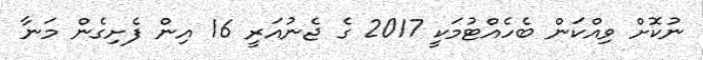
ނުކޮށް ވިއްކަން ބެހެއްޓުމަކީ 2017 ގެ ޖެނުއަރީ 16 އިން ފެށިގެން މަނާ